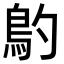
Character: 𩾡